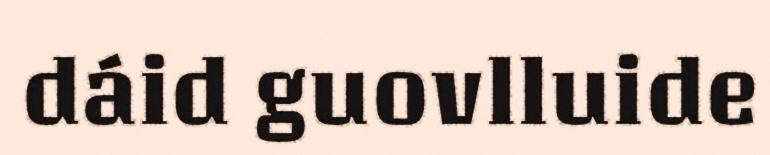
dáid guovlluide